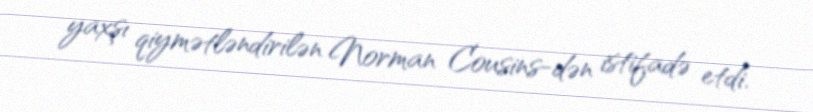
yaxşı qiymətləndirilən Norman Cousins-dən istifadə etdi.